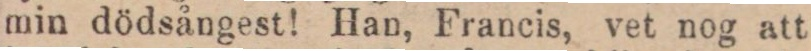
min dödsångest! Han, Francis, vet nog att